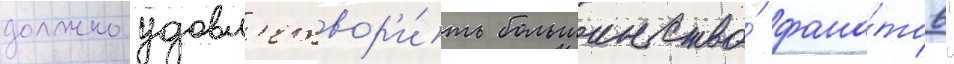
должно удовл'етвор'и́ть большинство́ фана́тов"